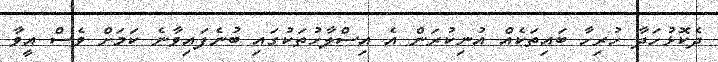
ދެކޮޅުހަދާ ހުރިހާ ބައިތަކެއް އުނިކުރަން އެ އިސްލާހުތަކުގައި ބުނެފައިވާނެ ކަމަށް ވެސް އީވާ